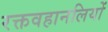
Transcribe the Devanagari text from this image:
रक्तवहानलियों